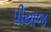
પીયાજ